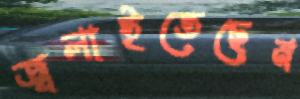
জ্বলাইতেছেন